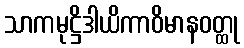
သာကမုဋ္ဌိဒါယိကာဝိမာနဝတ္ထု